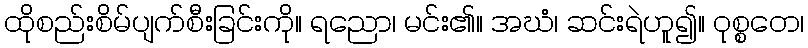
ထိုစည်းစိမ်ပျက်စီးခြင်းကို။ ရညော၊ မင်း၏။ အဃံ၊ ဆင်းရဲဟူ၍။ ဝုစ္စတေ၊